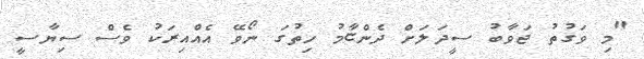
"މި ވަގުތު ޖަވާބު ސީދަލަށް ދެންޏާމު ހިތުގަ ނޯވޭ އެއްއިރަކު ވެސް ސިޔާސީ